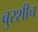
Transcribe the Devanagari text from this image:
बुरशीच